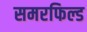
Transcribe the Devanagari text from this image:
समरफिल्ड